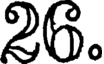
26.